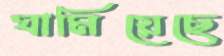
ঘামিয়েছে